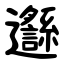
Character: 邎